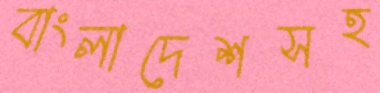
বাংলাদেশসহ